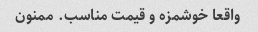
واقعا خوشمزه و قیمت مناسب. ممنون